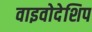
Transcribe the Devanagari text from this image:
वाइवोदेशिप